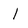
Character: 1